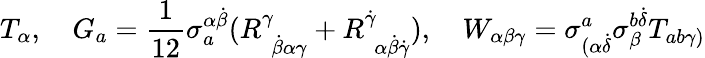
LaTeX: T_{\alpha},\quad G_{a}=\frac{1}{12}\sigma_{a}^{\alpha\dot{\beta}}(R_{\, \, \dot{\beta}\alpha\gamma}^{\gamma}+R_{\, \, \alpha\dot{\beta}\dot{\gamma}}^{\dot{\gamma}}),\quad W_{\alpha\beta\gamma}=\sigma_{(\alpha\dot{\delta}}^{a}\sigma_{\beta}^{b\dot{\delta}}T_{ab\gamma)}